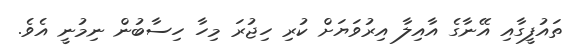
ތައުފީގާއި އޭނާގެ އާއިލާ އިރުވަޔަށް ކުރި ހިޖުރަ މިހާ ހިސާބުން ނިމުނީ އެވެ.